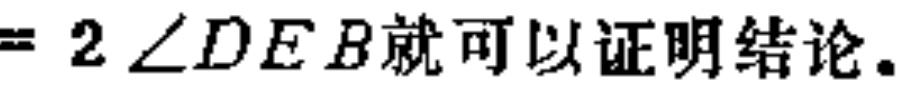
$=2\angle DEB就可以证明结论。$